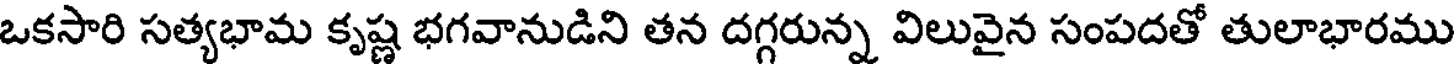
ఒకసారి సత్యభామ కృష్ణ భగవానుడిని తన దగ్గరున్న విలువైన సంపదతో తులాభారము